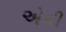
એકી